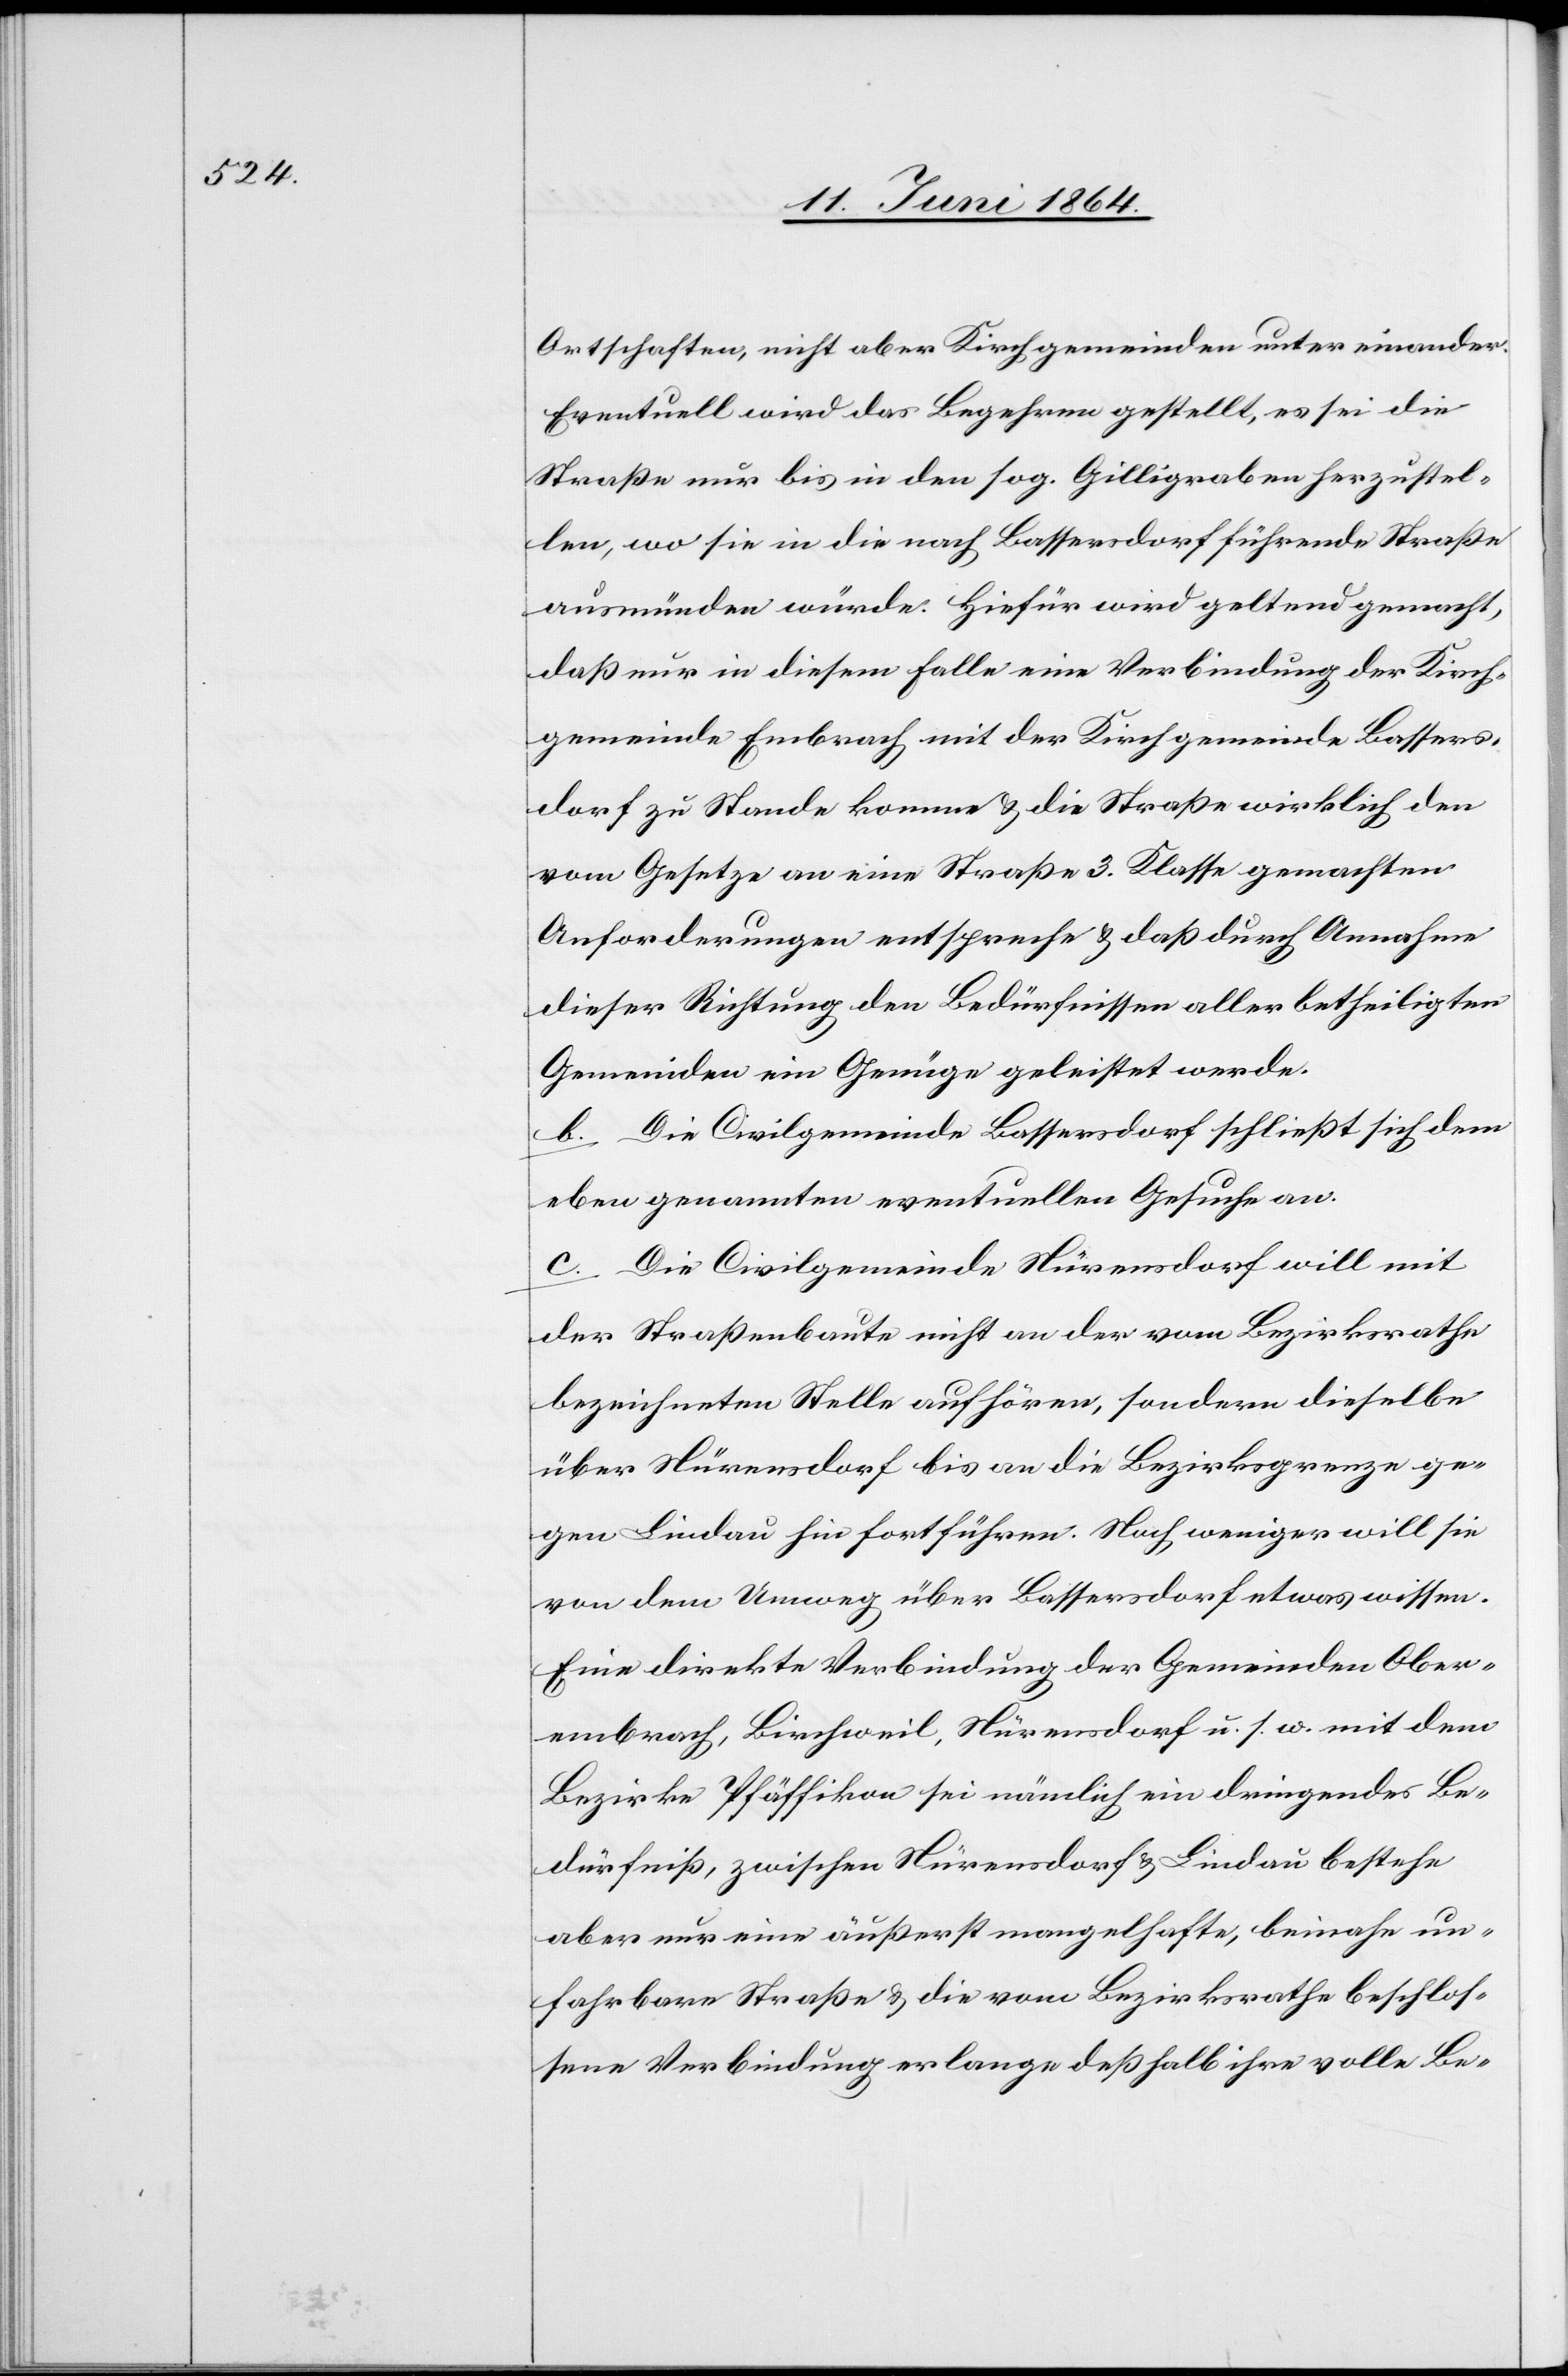
Ortschaften, nicht aber Kirchgemeinden unter einander.
Eventuell wird das Begehren gestellt, es sei die
Straße nur bis in den sog. Gilligraben herzustel¬
len, wo sie in die nach Bassersdorf führende Straße
ausmünden würde. Hiefür wird geltend gemacht,
daß nur in diesem Falle eine Verbindung der Kirch¬
gemeinde Embrach mit der Kirchgemeinde Bassers¬
dorf zu Stande komme u. die Straße wirklich den
vom Gesetze an eine Straße 3. Klasse gemachten
Anforderungen entspreche u. daß durch Annahme
dieser Richtung den Bedürfnissen aller betheiligten
Gemeinden ein Genüge geleistet werde.
b. Die Civilgemeinde Bassersdorf schließt sich dem
eben genannten eventuellen Gesuche an.
c. Die Civilgemeinde Nürensdorf will mit
der Straßenbaute nicht an der vom Bezirksrathe
bezeichneten Stelle aufhören, sondern dieselbe
über Nürensdorf bis an die Bezirksgrenze ge¬
gen Lindau hin fortführen. Noch weniger will sie
von dem Umweg über Bassersdorf etwas wissen.
Eine direkte Verbindung der Gemeinden Ober¬
embrach, Birchweil, Nürensdorf u. s. w. mit dem
Bezirke Pfäffikon sei nämlich ein dringendes Be¬
dürfniß, zwischen Nürensdorf u. Lindau bestehe
aber nur eine äußerst mangelhafte, beinahe un¬
fahrbare Straße u. die vom Bezirksrathe beschlos¬
sene Verbindung erlange deßhalb ihre volle Be-